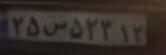
۲۵س۵۲۳۱۲